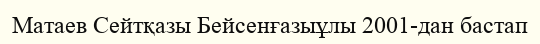
Матаев Сейтқазы Бейсенғазыұлы 2001-дан бастап